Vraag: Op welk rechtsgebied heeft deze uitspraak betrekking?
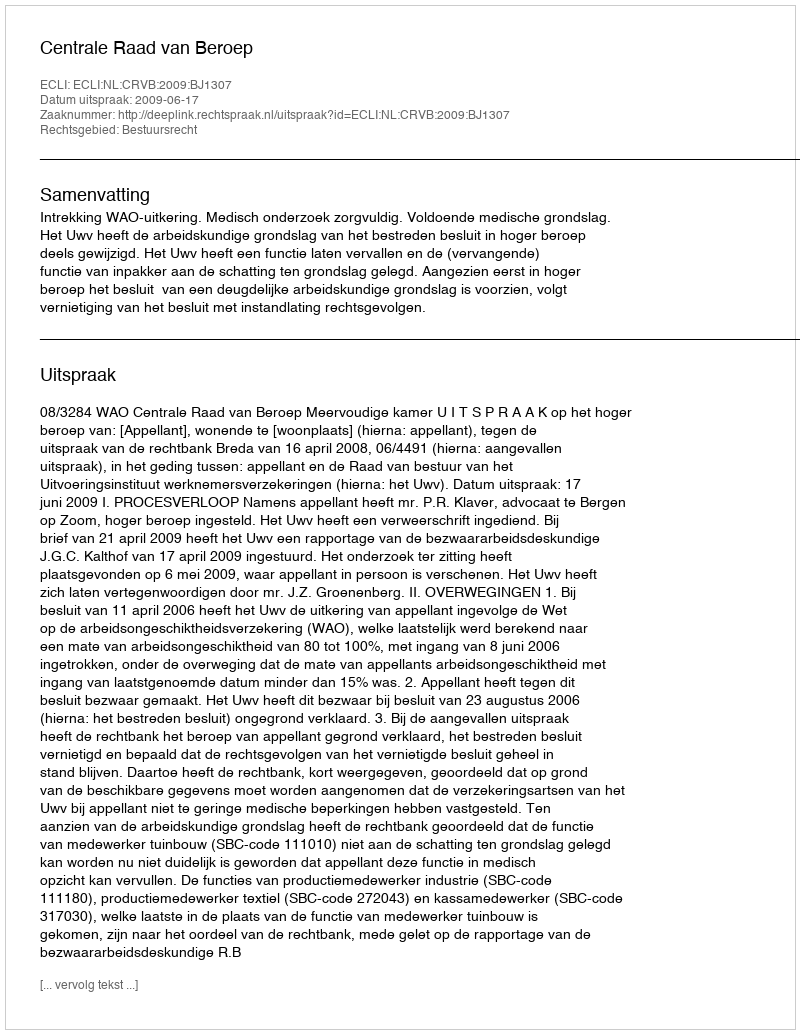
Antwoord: Bestuursrecht